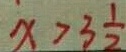
x > 3 \frac { 1 } { 2 }